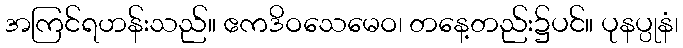
အကြင်ရဟန်းသည်။ ဧကဒိဝသေမေဝ၊ တနေ့တည်း၌ပင်။ ပုနပ္ပုနံ၊